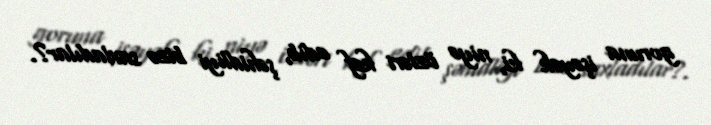
goruna işəyək ki, niyə özləri kef edib, şəhidliyi bizə saxladılar?.